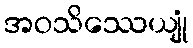
အဝသိဿေယျုံ